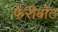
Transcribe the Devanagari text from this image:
फेरीबोट